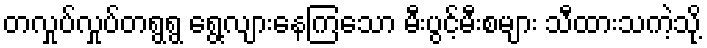
တလှုပ်လှုပ်တရွရွ ရွေ့လျားနေကြသော မီးပွင့်မီးစများ သီထားသကဲ့သို့